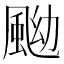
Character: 䬀